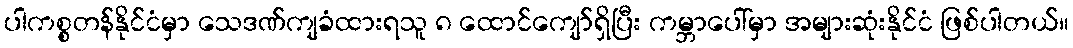
ပါကစ္စတန်နိုင်ငံမှာ သေဒဏ်ကျခံထားရသူ ၈ ထောင်ကျော်ရှိပြီး ကမ္ဘာပေါ်မှာ အများဆုံးနိုင်ငံ ဖြစ်ပါတယ်။